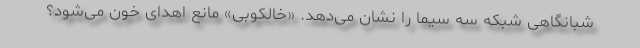
شبانگاهی شبکه سه سیما را نشان می‌دهد. «خالکوبی» مانع اهدای خون می‌شود؟